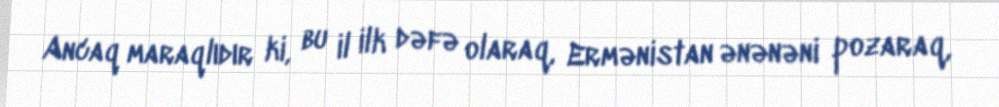
Ancaq maraqlıdır ki, bu il ilk dəfə olaraq, Ermənistan ənənəni pozaraq,